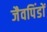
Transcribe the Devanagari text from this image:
जैवपिंडों